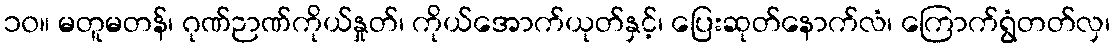
၁၀။ မတူမတန်၊ ဂုဏ်ဉာဏ်ကိုယ်နှုတ်၊ ကိုယ်အောက်ယုတ်နှင့်၊ ပြေးဆုတ်နောက်လံ၊ ကြောက်ရွံတတ်လှ၊